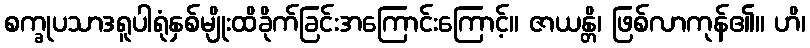
စက္ခုပသာဒရူပါရုံနှစ်မျိုးထိခိုက်ခြင်းအကြောင်းကြောင့်။ ဇာယန္တိ၊ ဖြစ်လာကုန်၏။ ဟိ၊